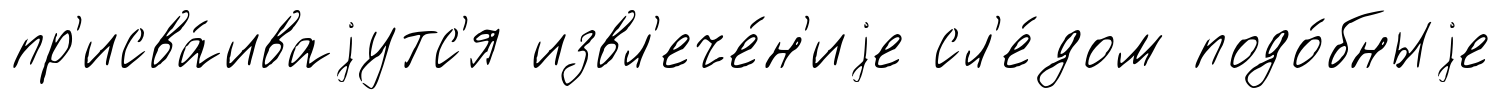
пр'исва́иваjутс'я извл'ече́н'иjе сл'е́дом подо́бныjе